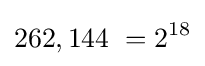
262,144\;=2^{18}